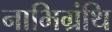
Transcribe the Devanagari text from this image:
नाभिग्रंथि